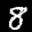
Label: 8